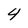
Character: 4